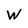
Character: W